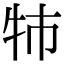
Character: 㸬